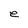
Character: e